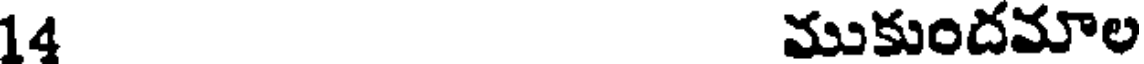
14 ముకుందమాల